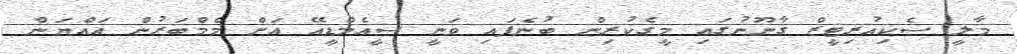
މާލީ ސެކިއުރިޓީޒް ގާނޫނުގައި މީގެކުރިން ބުނެފައި ވަނީ ސީއެމްޑީއޭ އަށް މެމްބަރުން އައްޔަން